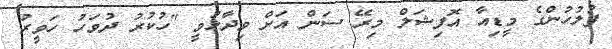
ފުލުހުންގެ މީޑިއާ އޮފިޝަލް މިރޭ ސަން އަށް ވިދާޅުވީ "ހުކުރު ދުވަހު ހަވީރު